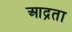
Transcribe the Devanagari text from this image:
आद्रता